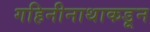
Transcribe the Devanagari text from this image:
गहिनीनाथाकडून